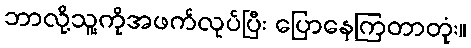
ဘာလို့သူ့ကိုအဖက်လုပ်ပြီး ပြောနေကြတာတုံး။